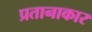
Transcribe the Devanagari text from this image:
प्रतानाकार